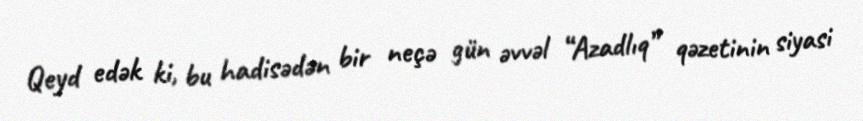
Qeyd edək ki, bu hadisədən bir neçə gün əvvəl “Azadlıq” qəzetinin siyasi